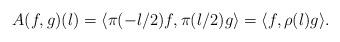
LaTeX: \begin{align*}A(f,g)(\l) = \langle \pi(-\l/2) f, \pi(\l/2) g \rangle = \langle f , \rho(\l) g \rangle .\end{align*}